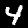
Digit: 4